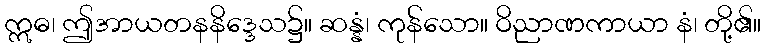
ဣဓ၊ ဤအာယတနနိဒ္ဒေသ၌။ ဆန္နံ၊ ကုန်သော။ ဝိညာဏကာယာ နံ၊ တို့၏။